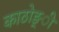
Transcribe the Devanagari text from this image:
काठोङ्ी